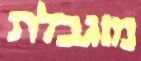
מוגבלת